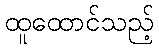
ထူထောင်သည့်